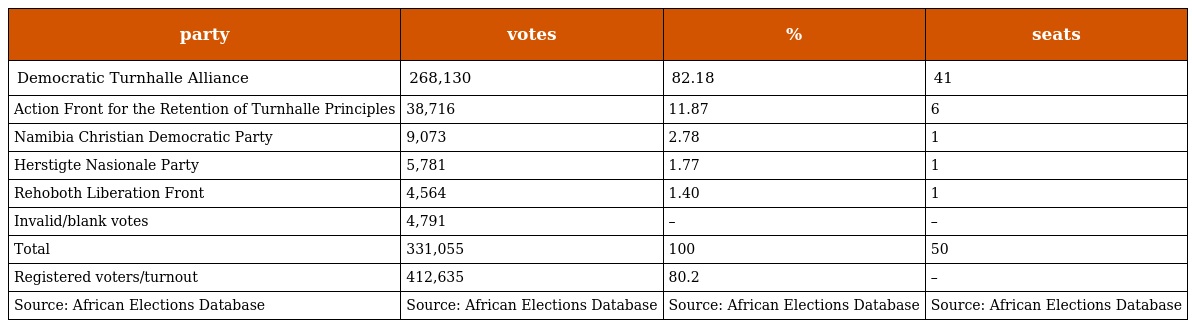
| party | votes | % | seats |
 | --- | --- | --- | --- |
 | Democratic Turnhalle Alliance | 268,130 | 82.18 | 41 |
 | Action Front for the Retention of Turnhalle Principles | 38,716 | 11.87 | 6 |
 | Namibia Christian Democratic Party | 9,073 | 2.78 | 1 |
 | Herstigte Nasionale Party | 5,781 | 1.77 | 1 |
 | Rehoboth Liberation Front | 4,564 | 1.40 | 1 |
 | Invalid/blank votes | 4,791 | – | – |
 | Total | 331,055 | 100 | 50 |
 | Registered voters/turnout | 412,635 | 80.2 | – |
 | Source: African Elections Database | Source: African Elections Database | Source: African Elections Database | Source: African Elections Database |